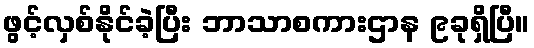
ဖွင့်လှစ်နိုင်ခဲ့ပြီး ဘာသာစကားဌာန ၉ခုရှိပြီ။